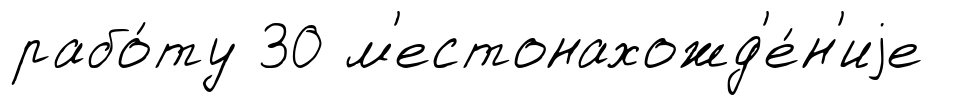
рабо́ту 30 м'естонахожд'е́н'иjе